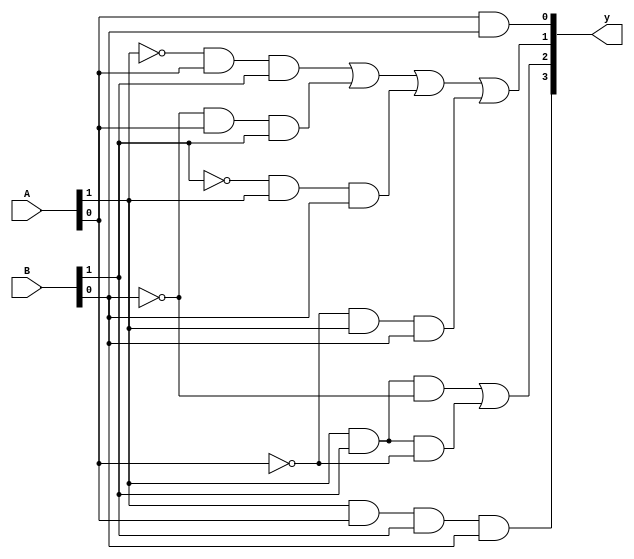
`timescale 1ns / 1ps
//////////////////////////////////////////////////////////////////////////////////
// Company: 
// Engineer: 
// 
// Design Name: 
// Module Name:    Multiplier_2bit 
// Project Name: 
// Target Devices: 
// Tool versions: 
// Description: 
//
// Dependencies: 
//
// Revision: 
// Revision 0.01 - File Created
// Additional Comments: 
//
//////////////////////////////////////////////////////////////////////////////////
module Multiplier_2bit(
    input [1:0] A,
    input [1:0] B,
    output [3:0] y
    );
	wire [5:0]W;
	wire [3:0]N;
	
	and a1(y[3], A[1], A[0], B[1], B[0]);
	
	not n1(N[3], B[0]);
	not n2(N[2], A[0]);
	and a2(W[5], A[1], B[1], N[3]);
	and a3(W[4], A[1], B[1], N[2]);
	or o1(y[2], W[5], W[4]);
	
	not n3(N[1], A[1]);
	not n4(N[0], B[1]);
	and a4(W[3], N[1], A[0], B[1]);
	and a5(W[2], N[3], A[0], B[1]);
	and a6(W[1], N[0], A[1], B[0]);
	and a7(W[0], N[2], A[1], B[0]);
	or o2(y[1], W[3], W[2],W[1],W[0]);
	
	and a9(y[0], A[0], B[0]);
	
endmodule